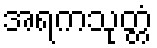
အရကသုတ္တံ